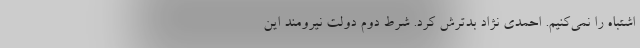
اشتباه را نمی‌کنیم. احمدی نژاد بدترش کرد. شرط دوم دولت نیرومند این